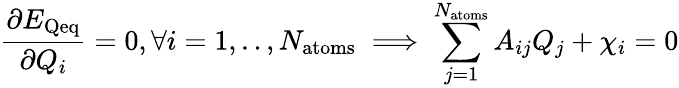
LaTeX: \frac{\partial E_{\mathrm{Qeq}}}{\partial Q_{i}}=0,\forall i=1,..,N_{\mathrm{atoms}}\implies\sum_{j=1}^{N_{\mathrm{atoms}}}A_{ij}Q_{j}+\chi_{i}=0